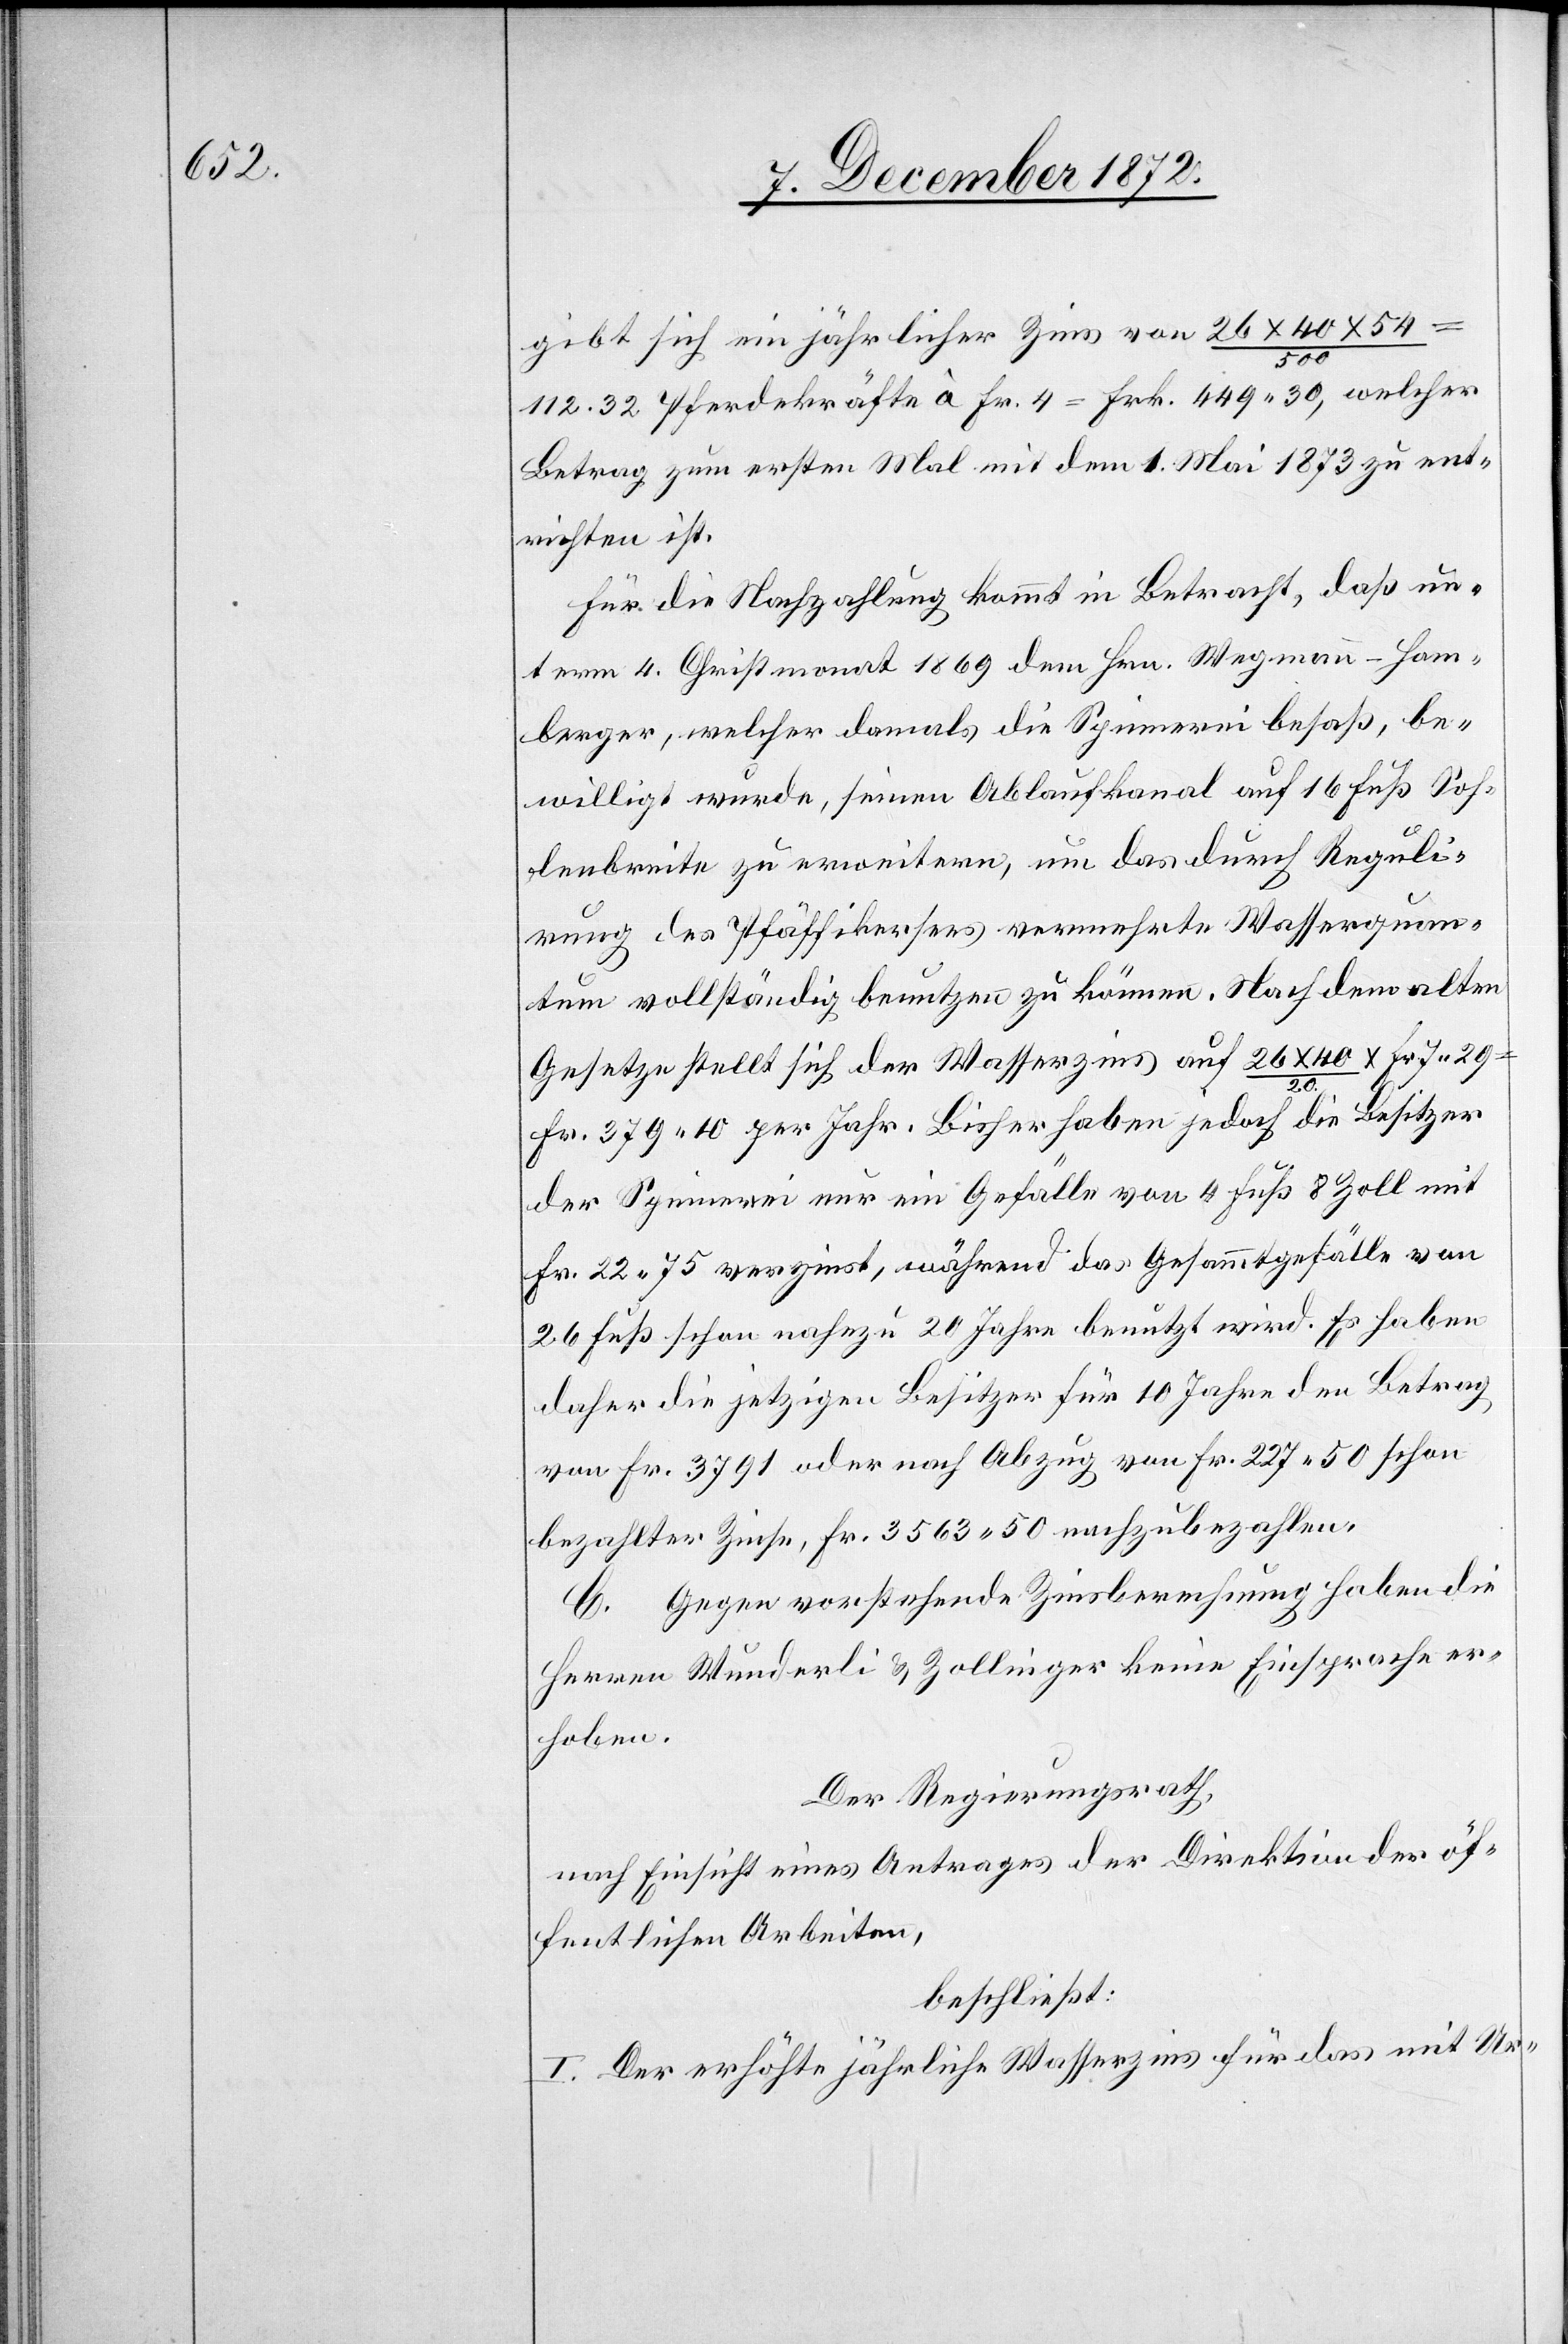
gibt sich ein jährlicher Zins von 26 x 40 x 54
Fr.
112.32 Pferdekräfte à Fr. 4 = Frk. 449 30, welcher
Betrag zum ersten Mal mit dem 1. Mai 1873 zu ent¬
richten ist.
Für die Nachzahlung kommt in Betracht, daß un¬
term 4. Christmonat 1869 dem Hrn. Wegmann-Hom¬
berger, welcher damals die Spinnerei besaß, be¬
willigt wurde, seinen Ablaufkanal auf 16 Fuß Soh¬
lenbreite zu erweitern, um das durch Reguli¬
rung des Pfäffikersees vermehrte Wasserquan¬
tum vollständig benutzen zu können. Nach dem alten
Gesetze stellt sich der Wasserzins auf 26 x 40 / 20
Fr. 379 10 per Jahr. Bisher haben jedoch die Besitzer
der Spinnerei nur ein Gefälle von 4 Fuß 8 Zoll mit
Fr. 22 75 verzinst, während das Gesammtgefälle von
26 Fuß schon nahezu 20 Jahre benutzt wird. Es haben
daher die jetzigen Besitzer für 10 Jahre den Betrag
von Fr. 3791 oder nach Abzug von Fr. 227 50 schon
bezahlter Zinse, Fr. 3563 50 nachzubezahlen.
C. Gegen vorstehende Zinsberechnung haben die
Herren Wunderli u. Zollinger keine Einsprache er¬
hoben.
Der Regierungsrath,
nach Einsicht eines Antrages der Direktion der öf¬
fentlichen Arbeiten,
beschließt:
I. Der erhöhte jährliche Wasserzins für das mit Ur-